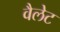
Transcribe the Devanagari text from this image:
वैलेट